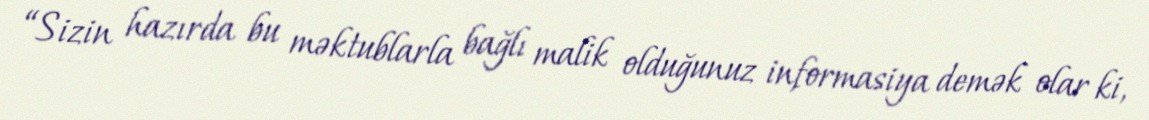
“Sizin hazırda bu məktublarla bağlı malik olduğunuz informasiya demək olar ki,